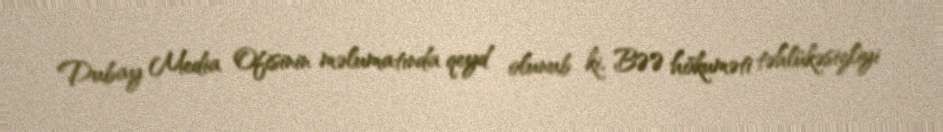
Dubay Media Ofisinin məlumatında qeyd olunub ki, BƏƏ hökuməti təhlükəsizliyi